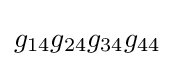
{g_{14}g_{24}g_{34}g_{44}}